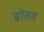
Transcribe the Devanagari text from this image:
स्रोतस